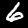
Label: 6